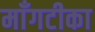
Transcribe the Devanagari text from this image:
माँगटीका